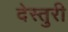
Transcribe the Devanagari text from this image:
देस्तुरी